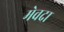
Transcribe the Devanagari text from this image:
मेवदा